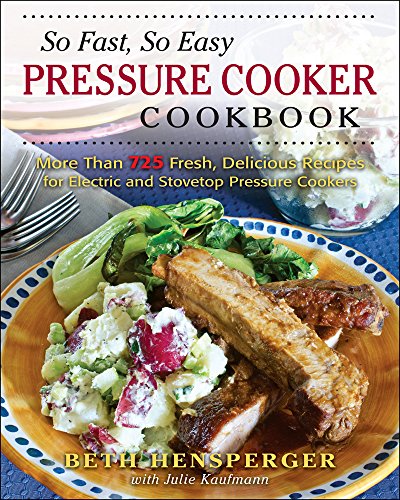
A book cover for So Fast, So Easy Pressure Cooker Cookbook: More Than 725 Fresh, Delicious Recipes for Electric and Stovetop Pressure Cookers; Beth Hensperger; Cookbooks, Food & Wine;